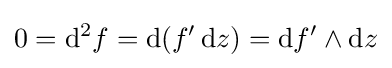
0=\mathrm {d} ^{2}f=\mathrm {d} (f'\,\mathrm {d} z)=\mathrm {d} f'\wedge \mathrm {d} z